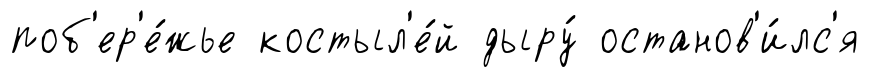
поб'ер'е́жье костыл'е́й дыру́ останов'и́лс'я